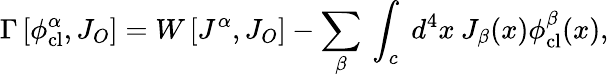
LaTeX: \Gamma\left[\phi_{\mathrm{cl}}^{\alpha},J_{O}\right]=W\left[J^{\alpha},J_{O}\right]-\sum_{\beta}\: \int_{c}\: d^{4}x\: J_{\beta}(x)\phi_{\mathrm{cl}}^{\beta}(x),